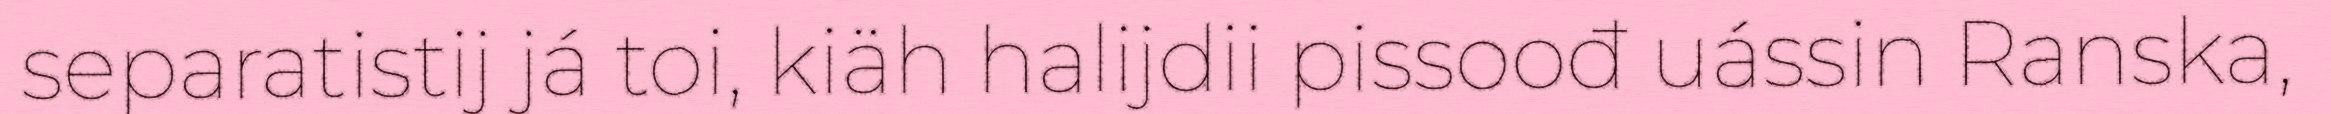
separatistij já toi, kiäh halijdii pissoođ uássin Ranska,